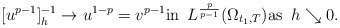
\begin{align*}[u^{p-1}]^{-1}_h \to u^{1-p}=v^{p-1} \textrm{in}\,\,\,L^{\frac{p}{p-1}}(\Omega_{t_1,T}) \textrm{as}\,\,\,h \searrow 0.\end{align*}